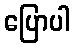
ပြောပါ